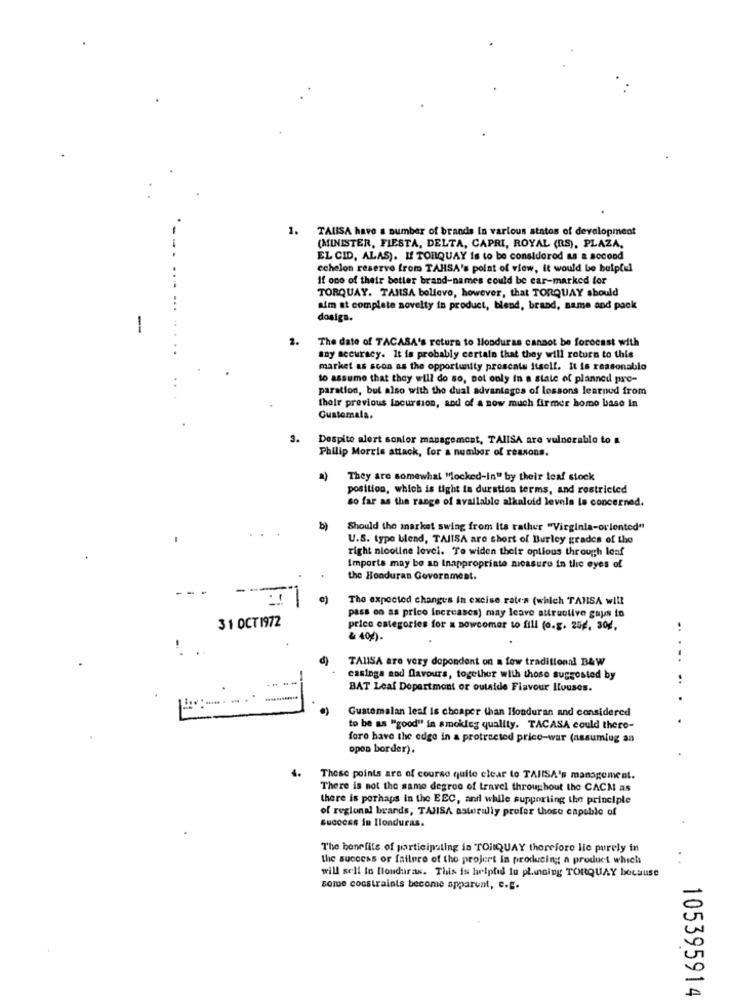
1.
TAUISA have a number of brands In various states of development
(MINISTER, FLESTA, DELTA, CAPRI, ROYAL (RS), PLAZA,
EL CID, ALAS). I TORQUAY is to be considered as a second
echelon reserve from TAHSA's point of view, it would be bulplul
If one of their better brand-names could be ear-marked for
TORQUAY. TAMISA bollevo, however, that TORQUAY should
aim at complete novelty in product, blend, brand, name and pack
dosigs.
1
2.
The date of TACASA's return to Honduras cannot be forecast with
Say accuracy. It is probably certain that they will return to this
market as soon as the opportunity prosents itself. It is reasonable
to assume that they will do so, not only in a state of planned pre-
paration, but also with the dual advantages of lessons learned from
their previous Incursion, and of a now much firmer home base in
Guatemala.
3.
Despite alert senior management, TAIISA are vulnerable to &
Philip Morris attack, for a number of reasons.
They are somewhat "locked-in" by their leaf stock
position, which is tight ta duration terms, and restricted
so far as the range of available alkaloid levels le concerned.
b)
Should the market swing from Its rather "Virginia-oriented"
U.S. type blend, TAIISA are short of Burley grades of the
right nicoline level. Te widen their optious through loaf
Imports may be an Inappropriate micasuro in the eyes of
the Honduran Government.
The expected changes in excise raten (which TANSA will
pass oo as price increases) may leave attractive gaus io
31 OCT1972
price categories for a newcomer to fill (o.g. 254, 304,
& 40g).
!
TAUSA are very dependent on a few traditional B&W
.. ...
casings aod flavours, together with those suggested by
..
BAT Leaf Department or outside Flavour Houses.
Guatemalan leaf is cheaper than Honduran and considered
to be as "good" in amokleg quality. TACASA could there-
foro have the edge in a protracted price-war (assuming an
opon border).
These points are of course quite clear to TAIISA's management.
There is not the same degree of travel throughout the CACM as
there is perhaps in the EEC, and while supporting the principle
of regional brands, TAHSA asterully profer those capable of
Success in Ilonduras.
The benefits of participating in TOitQUAY therefore lic purely in
the success or failure of the project in producing; a product which
will sell in Honduras. This is helptid lu placing TORQUAY because
somDe constraints become apparent, e.g.
105395914